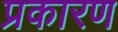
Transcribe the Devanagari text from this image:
प्रकारण